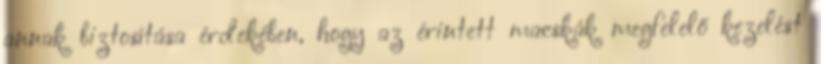
annak biztosítása érdekében, hogy az érintett macskák megfelelő kezelést